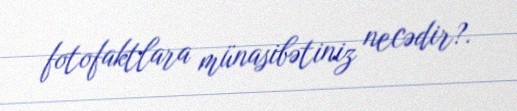
fotofaktlara münasibətiniz necədir?.